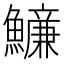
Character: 𩼖